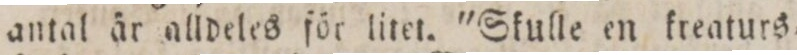
antal är alldeles för litet. 'Skulle en kreaturs,